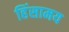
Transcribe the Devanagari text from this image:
हिंसामय